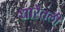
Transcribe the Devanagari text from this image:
धारेतली